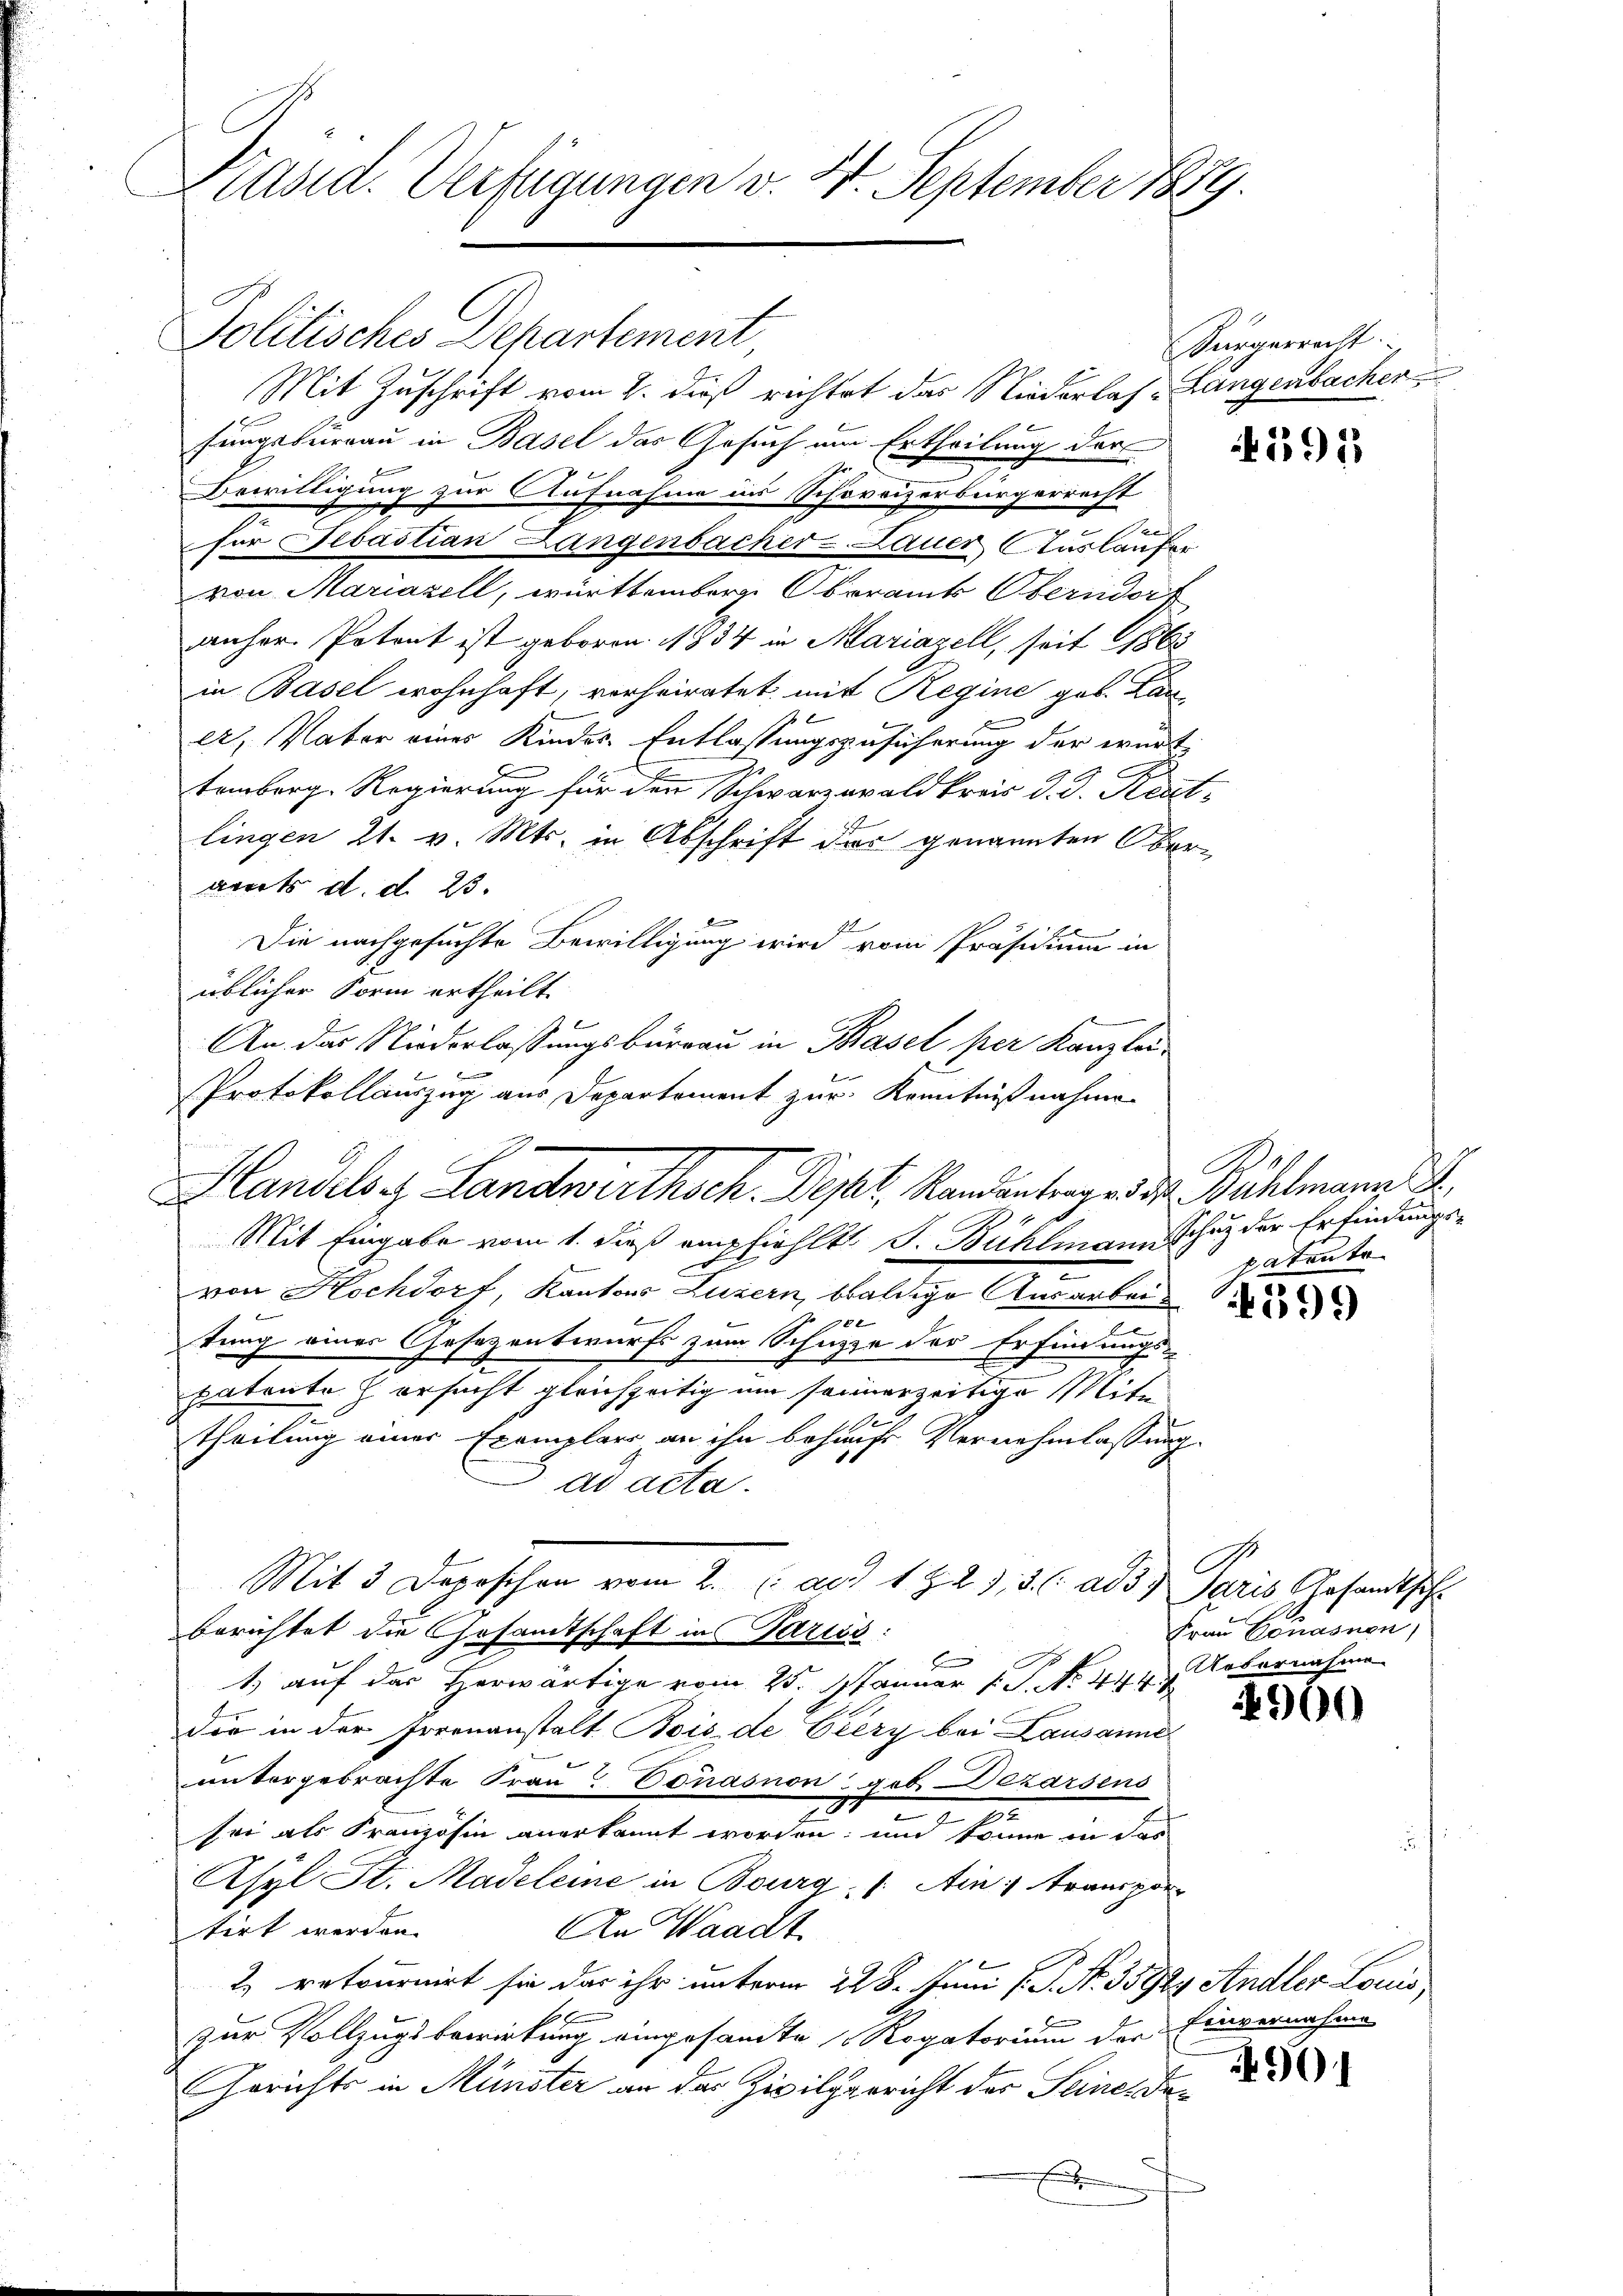
Käsid. Verfügungen v. 4. September 1879.

Politisches Departement,
Mit Zuschrift vom 2. dieß richtet das Niederlas-Langenbacher
fungsserrau in Basel das Gesuch um Ertheilung der
Bewilligung zur Aufnahme ins Schoreizerbürgerrecht
n
2
für Sebastian Langenbacher-Lauer Auslaufer
von Mariazell, württemberge Oberamts Oberndort
anher. Potent ist geboren. 1834 in Mariazell, seit 1863
in Basel wohnhaft, vorheiratet mit Regine geb. Lan
x
ex, Vater eines Kindes-Entlassungszusicherung der würt
temberg. Regierung für den Schwarzwaldkreis d. J. Krat-
lingen 21. v. Mts. in Abschrift des genannten Oberaart d. d. 23.
m
Die nachgesuchte Bewilligung wird vom Präsidium in
üblicher Form ertheilt.
An das Niederlassungsburgau in Basel per Kanzlei¬
Protokollauszug aus Departement zur Kenntnißnahme

E
Handels z. Landwirthsch. Depart, Randantrages der Bahlmann

Mit 3 Depeschon vom 2. ad 1. Z. 21. 3. ad 3. Paris Gesandtsch
berichtet die Gesandtschaft in Pariss.

Mit Eingabe vom 1. dieß empfiehlt. J. Bühlmann Schaz der Erfindungse
von Hochdorf, Kantons Luzern, baldige Ausarbei¬
.
tung eines Gesezentwurfs zum Schuppe der Erfindungs-
patente ersucht gleichzeitig um seinerzeitige Mite
theilung einer Exemplars an ihn behaufs Vernehmlassung
ad acta.
1) auf das Herwärtige vom 25. Januar 1. P. No. 444
Die in der Irrenanstalt Bois de Eiery bei Lausanne
untergebrachte Frau Vonasnon geb. Dezarsens
2
sei als Französin anerkannt worden; und könne in das
Asyl St. Madeleine in Bourg: Ain transpor
tirt werden.
An Waadt.
2 retournirt sie das ihr unterm 228. Juni l. J. N. 3592, Andler Louis,
zur Vollzugsbewirkung eingesandte Rogatorium der Einvernahme
Gerichts in Münster an das Zivilgericht der Seine, daf

Bürgerrecht.

1915

.
patrute

4599

G
Frau Conasnen,
Kobernahme

4900

901